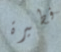
فطيرة